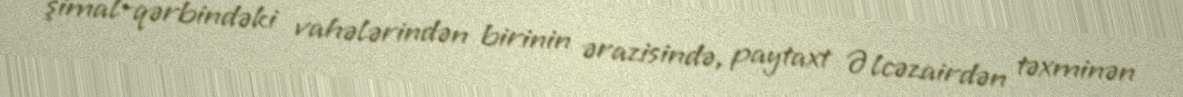
şimal-qərbindəki vahələrindən birinin ərazisində, paytaxt Əlcəzairdən təxminən